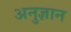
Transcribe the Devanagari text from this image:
अनुज्ञान